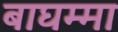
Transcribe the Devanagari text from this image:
बाघम्मा